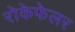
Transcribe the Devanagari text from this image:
रोकेफेलर